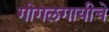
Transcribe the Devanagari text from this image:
गोगलगायीचे